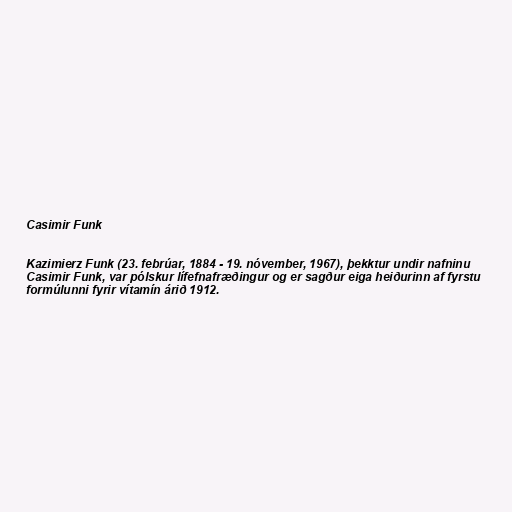
Casimir Funk

Kazimierz Funk (23. febrúar, 1884 - 19. nóvember, 1967), þekktur undir nafninu
Casimir Funk, var pólskur lífefnafræðingur og er sagður eiga heiðurinn af fyrstu
formúlunni fyrir vítamín árið 1912.